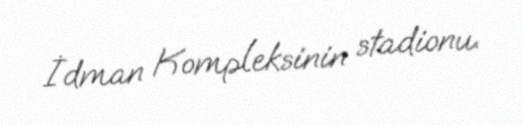
İdman Kompleksinin stadionu.